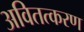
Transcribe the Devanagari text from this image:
अवितत्करण